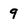
Character: 9